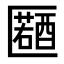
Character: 𠥤